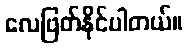
လေဖြတ်နိုင်ပါတယ်။